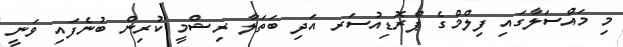
މި މައްސަލާގައި ފިލްމްގެ ޕްރޮޑިއުސަރ އަދި ބަތަލާ ރިޝްމީ ކުރިން ބުނެފައި ވަނީ